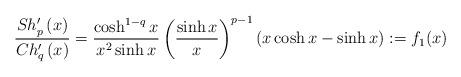
LaTeX: \begin{align*}\frac{Sh_{p}^{\prime }\left( x\right) }{Ch_{q}^{\prime }\left( x\right) }=\frac{\cosh ^{1-q}x}{x^{2}\sinh x}\left( \frac{\sinh x}{x}\right)^{p-1}\left( x\cosh x-\sinh x\right) :=f_{1}(x) \end{align*}